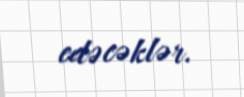
edəcəklər.